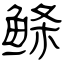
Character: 鲦